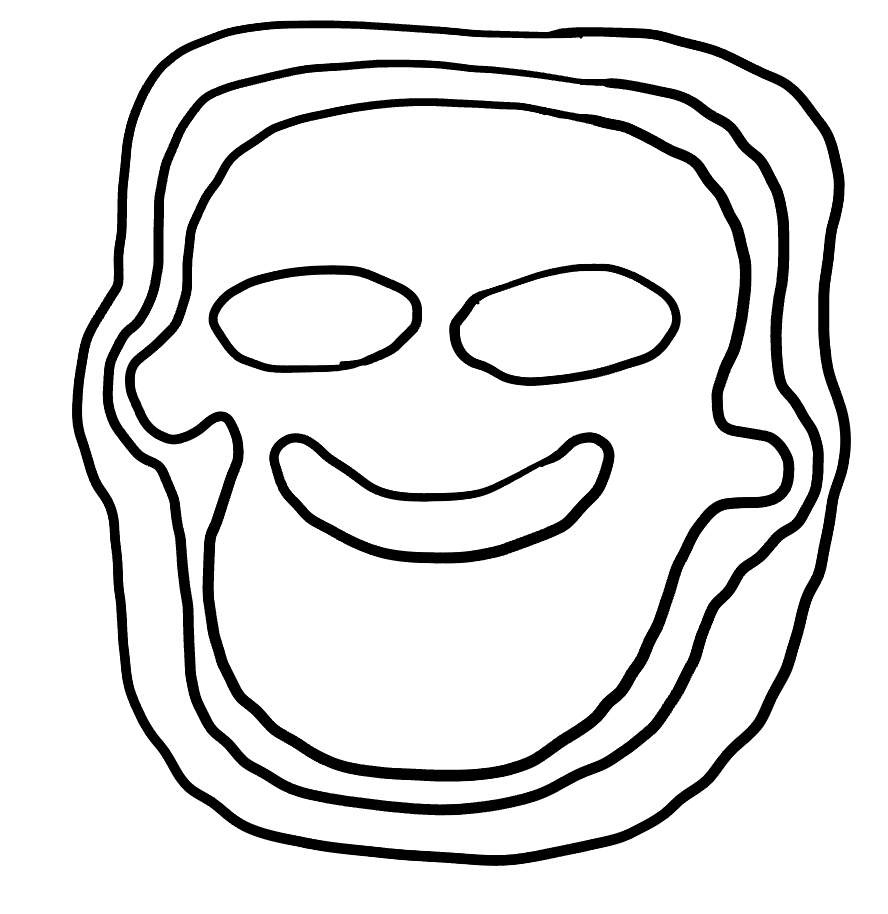
Number of regions (including the outer root region): 7
Containment tree edges (parent, child): 0, 1, 1, 2, 2, 3, 3, 4, 3, 5, 3, 6